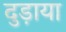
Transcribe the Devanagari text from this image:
दुड़ाया